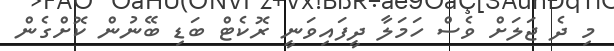
މި ދެ ޖަލަށް ވެސް ހަމަލާ ދީފައިވަނީ ރޮކެޓް ބަޑި ބޭނުން ކޮށްގެން